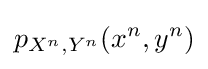
p_{X^{n},Y^{n}}(x^{n},y^{n})